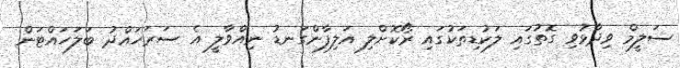
ސަލީމް ވިދާޅުވި ގޮތުގައި ލަކުޑިތަކުގައި ރޯކޮށްލި އަލިފާންގަނޑު ނިއްވާލީ އެ ސަރަހައްދު ބަލަހައްޓަން